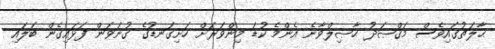
ޙާލަތުގައިވެސް މަޤްޞަދު ޙާޞިލްވާނެ އެންމެ ކުޑަ މިންވަރަށް ހަށިގަނޑުގެ ގުނަވަން ފަޅައިގެން ބަލައި